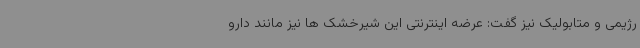
رژیمی و متابولیک نیز گفت: عرضه اینترنتی این شیرخشک ها نیز مانند دارو